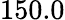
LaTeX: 150.0